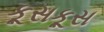
કૂસકૂસ